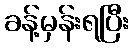
ခန့်မှန်းရပြီး